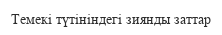
Темекі түтініндегі зиянды заттар